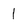
Character: 1